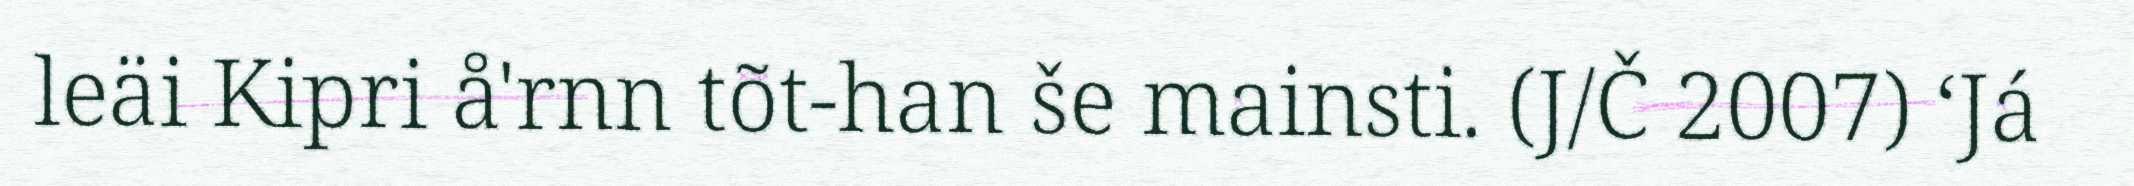
leäi Kipri å'rnn tõt-han še mainsti. (J/Č 2007) ‘Já